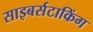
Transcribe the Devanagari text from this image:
साइबर्सटाकिंग